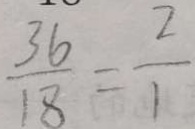
\frac { 3 6 } { 1 8 } = \frac { 2 } { 1 }